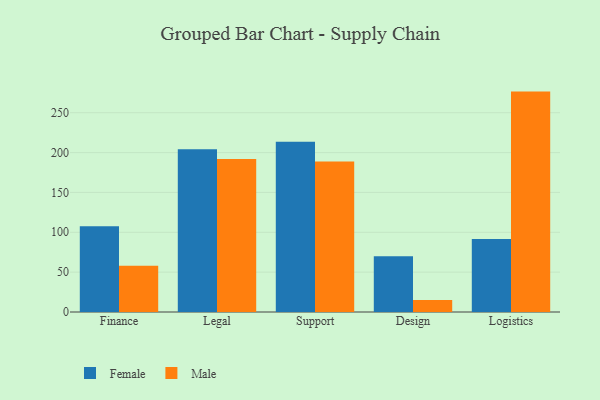
{"axis": {"x": "Department", "y": "Churn Rate (%)"}, "legend": ["Female", "Male"], "data": [{"x": "Finance", "y": 107.7, "type": "Female"}, {"x": "Finance", "y": 57.9, "type": "Male"}, {"x": "Legal", "y": 204.3, "type": "Female"}, {"x": "Legal", "y": 191.8, "type": "Male"}, {"x": "Support", "y": 213.6, "type": "Female"}, {"x": "Support", "y": 188.8, "type": "Male"}, {"x": "Design", "y": 70.0, "type": "Female"}, {"x": "Design", "y": 15.2, "type": "Male"}, {"x": "Logistics", "y": 91.7, "type": "Female"}, {"x": "Logistics", "y": 276.5, "type": "Male"}]}